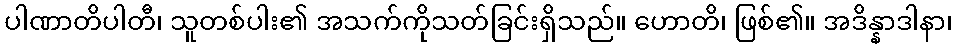
ပါဏာတိပါတီ၊ သူတစ်ပါး၏ အသက်ကိုသတ်ခြင်းရှိသည်။ ဟောတိ၊ ဖြစ်၏။ အဒိန္နာဒါနာ၊